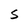
Character: S